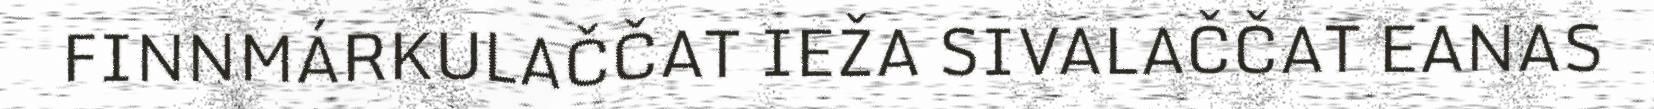
FINNMÁRKULAČČAT IEŽA SIVALAČČAT EANAS